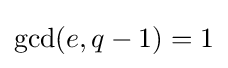
\gcd(e,q-1)=1